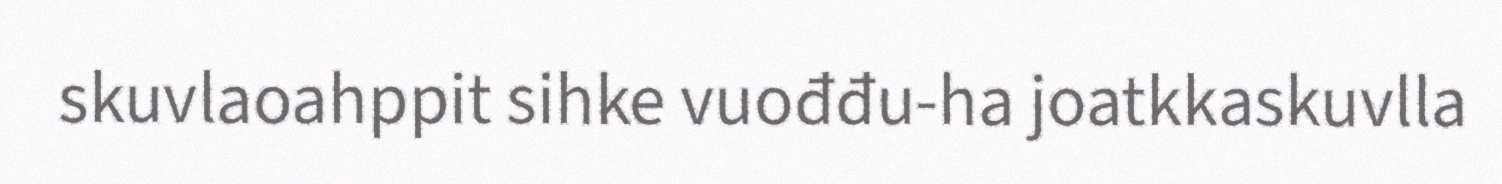
skuvlaoahppit sihke vuođđu-ha joatkkaskuvlla